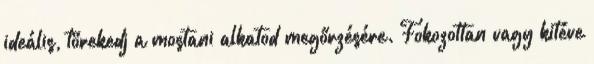
ideális, törekedj a mostani alkatod megőrzésére. Fokozottan vagy kitéve